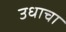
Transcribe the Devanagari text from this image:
उधाचा